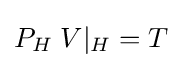
P_{H}\;V|_{H}=T